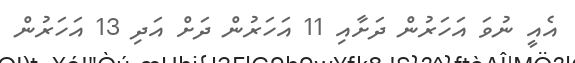
އެއީ ނުވަ އަހަރުން ދަށާއި 11 އަހަރުން ދަށް އަދި 13 އަހަރުން